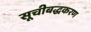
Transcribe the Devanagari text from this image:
सूचीबद्धकरण